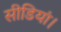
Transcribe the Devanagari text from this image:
सीडियां।